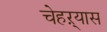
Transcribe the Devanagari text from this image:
चेहऱ्यास